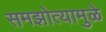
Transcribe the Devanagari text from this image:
समझोत्यामुळे